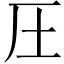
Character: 圧